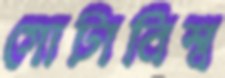
গোটাবিশ্ব